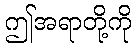
ဤအရာတို့ကို